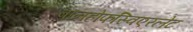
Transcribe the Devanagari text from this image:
बानहोफस्विएरलेट